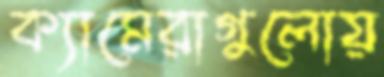
ক্যামেরাগুলোয়